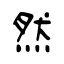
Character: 然